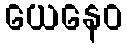
ယေနေဝ